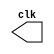
 // ------------------------- 
// Clock 
// Nome: Lucas Cardoso 
// ------------------------- 
// ------------------------- 
module clock ( clk ); 
output clk; 
reg clk; 

// ------------------------- parte principal 
initial 
begin 
clk = 1'b0; 
end
 
always 
begin 
#12 clk = ~clk; 
end 

endmodule // clock ( )